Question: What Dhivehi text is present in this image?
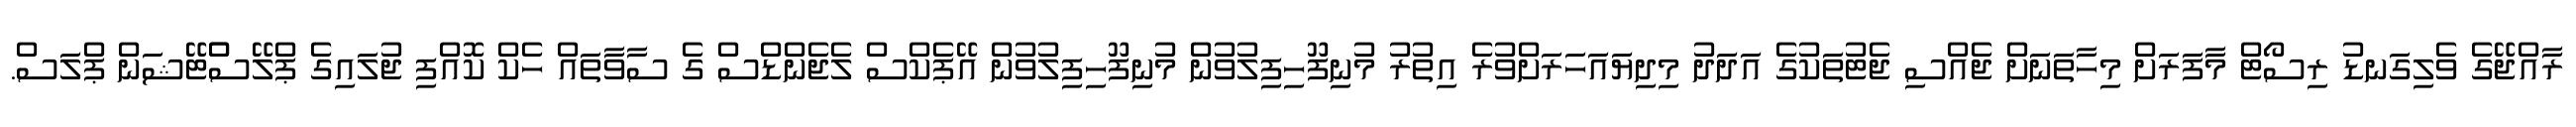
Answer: ރާއްޖޭގެ ވެލިގަނޑު ރިސޯޓް މާފަރަށް މިހާތަނަށް ޖެއްސި ޖެޓުތަކުގެ އަދަދު މިދިޔައަހަރަށްވުރެ އިތުރު މުނިފޫހިފިލުވުން މުނިފޫހިފިލުވުން އޭޕެކްސް ލެޖެންޑްސް ގެ ސާވާތައް ހެކް ކޮއްފި ޖުލައިގެ ޕްލޭސްްޓޭޝަން ޕްލަސް.